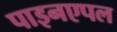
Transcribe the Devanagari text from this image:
पाइनएपल